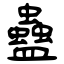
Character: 蠱